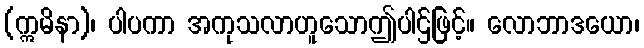
(ဣမိနာ)၊ ပါပကာ အကုသလာဟူသောဤပါဌ်ဖြင့်။ လောဘာဒယော၊